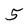
Character: 5